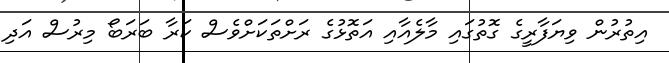
އިތުރުން ވިޔަފާރީގެ ގޮތުގައި މާލެއާއި އަތޮޅުގެ ރަށްތަކަށްވެސް ކަރާ ބަރަބޯ މިރުސް އަދި